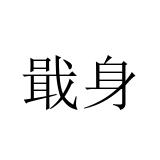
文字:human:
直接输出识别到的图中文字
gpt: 戢身